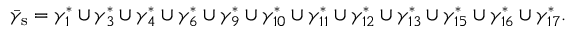
\bar { \gamma } _ { \mathrm { s } } = \gamma _ { 1 } ^ { \ast } \cup \gamma _ { 3 } ^ { \ast } \cup \gamma _ { 4 } ^ { \ast } \cup \gamma _ { 6 } ^ { \ast } \cup \gamma _ { 9 } ^ { \ast } \cup \gamma _ { 1 0 } ^ { \ast } \cup \gamma _ { 1 1 } ^ { \ast } \cup \gamma _ { 1 2 } ^ { \ast } \cup \gamma _ { 1 3 } ^ { \ast } \cup \gamma _ { 1 5 } ^ { \ast } \cup \gamma _ { 1 6 } ^ { \ast } \cup \gamma _ { 1 7 } ^ { \ast } .